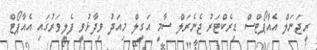
ރީޖަނަލް އެއާޕޯޓްސް ޑިރެކްޓަރު ޖެނެރަލް ސާމީ އަގީލް މިއަދު ވިދާޅުވީ ފެލިވަރުގައި އެއާޕޯޓް